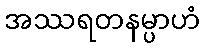
အဿရတနမ္ပာဟံ